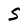
Character: S